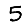
Digit: 5